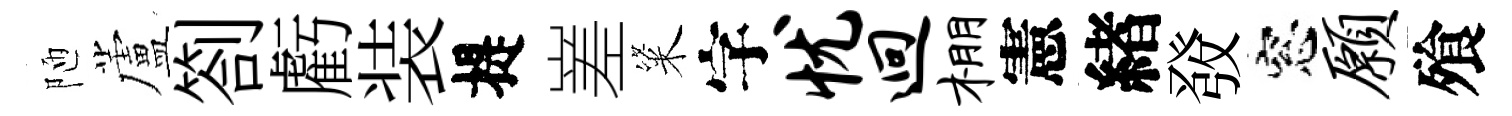
陋蘆劄虧装提嵳粢字忧迥棚憲緖𤼲窓愿飱